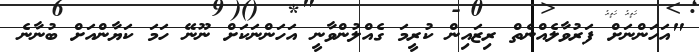
"އަހަންނަށް ފަރުވާލެއްނެތް ރިޒައިން ކުރީމަ ގެއްލުންވާނީ އަހަންނަކަށް ނޫނޭ ހަމަ ކަޔާންއަށް ބުނާނެ